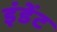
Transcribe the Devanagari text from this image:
इंडेंट